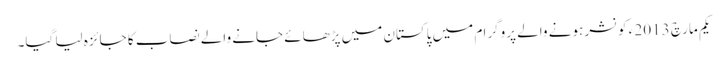
یکم مارچ 2013 ء کو نشر ہونے والے پروگرا م میں پاکستان میں پڑھائے جانے والے نصاب کا جائزہ لیا گیا۔